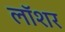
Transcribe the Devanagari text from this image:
लॉशर